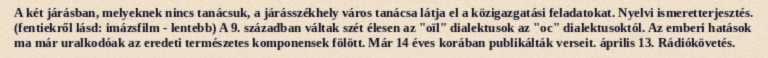
A két járásban, melyeknek nincs tanácsuk, a járásszékhely város tanácsa látja el a közigazgatási feladatokat. Nyelvi ismeretterjesztés. (fentiekről lásd: imázsfilm - lentebb) A 9. században váltak szét élesen az "oïl" dialektusok az "oc" dialektusoktól. Az emberi hatások ma már uralkodóak az eredeti természetes komponensek fölött. Már 14 éves korában publikálták verseit. április 13. Rádiókövetés.